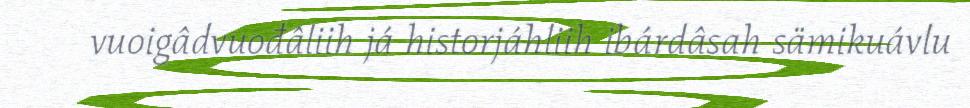
vuoigâdvuođâliih já historjáhliih ibárdâsah sämikuávlu